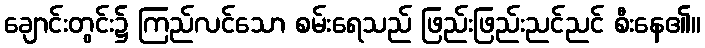
ချောင်းတွင်း၌ ကြည်လင်သော စမ်းရေသည် ဖြည်းဖြည်းညင်ညင် စီးနေ၏။